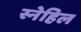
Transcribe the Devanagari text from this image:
स्नेहिल